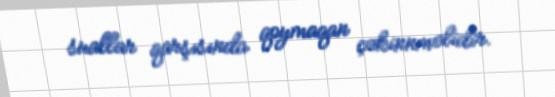
suallar qarşısında qoymaqan çəkinnməlidir.